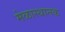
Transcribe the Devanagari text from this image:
मेळास्थानक